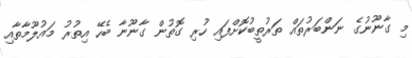
މި ގާނޫނުގެ ނަންބަރުތައް ތަރުތީބުކޮށްފައި ހުރި ގޮތުން ގާނޫނާ ބެހޭ އިތުރު މައުލޫމާތާއި